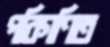
পরিগণিত